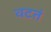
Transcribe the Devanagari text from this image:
वटतं